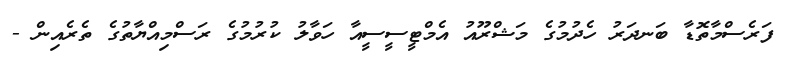
ފަރެސްމާތޮޑާ ބަނދަރު ހެދުމުގެ މަޝްރޫއު އެމްޓީސީސީއާ ހަވާލު ކުރުމުގެ ރަސްމިއްޔާތުގެ ތެރެއިން -